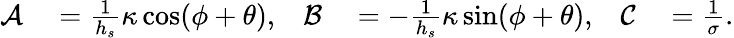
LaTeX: \begin{array}{rlrlrl}{\mathcal{A}}&{{}=\frac{1}{h_{s}}\kappa\cos(\phi+\theta),}&{\mathcal{B}}&{{}=-\frac{1}{h_{s}}\kappa\sin(\phi+\theta),}&{\mathcal{C}}&{{}=\frac{1}{\sigma}.}\end{array}